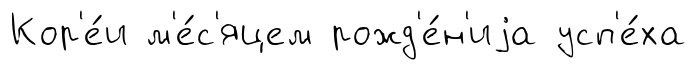
Кор'е́и м'е́с'яцем рожд'е́н'иjа усп'е́ха